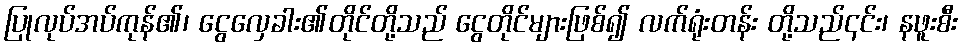
ပြုလုပ်အပ်ကုန်၏၊ ငွေလှေခါး၏တိုင်တို့သည် ငွေတိုင်များဖြစ်၍ လက်ရုံးတန်း တို့သည်၎င်း၊ နဖူးစီး